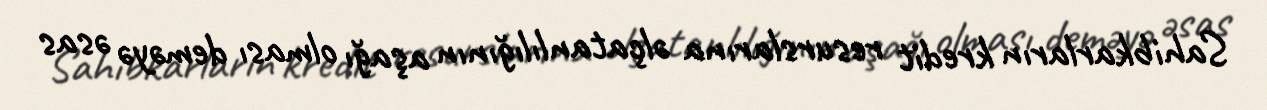
Sahibkarların kredit resurslarına əlçatanlılığının aşağı olması deməyə əsas